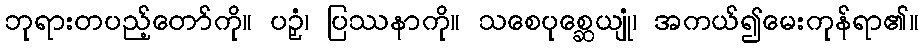
ဘုရားတပည့်တော်ကို။ ပဉှံ၊ ပြဿနာကို။ သစေပုစ္ဆေယျုံ၊ အကယ်၍မေးကုန်ရာ၏။